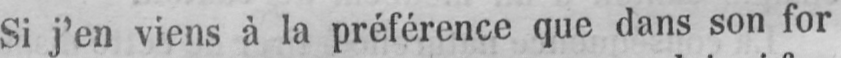
Si j’en viens à la préférence que dans son for